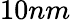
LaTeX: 10nm